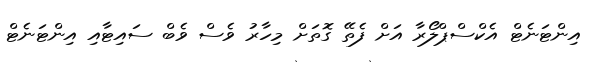
އިންޓަނެޓް އެކްސްޕްލޯރާ އަށް ފެތޭ ގޮތަށް މިހާރު ވެސް ވެބް ސައިޓާއި އިންޓަނެޓް